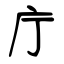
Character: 庁